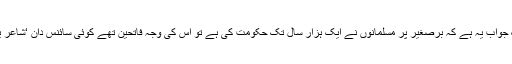
ان سوالا کا ایک جواب یہ ہے کہ برصغیر پر مسلمانوں نے ایک ہزار سال تک حکومت کی ہے تو اس کی وجہ فاتحین تھے کوئی سائنس دان ‘شاعر یا ادیب نہیں تھا۔